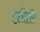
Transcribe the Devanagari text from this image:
एसिसि